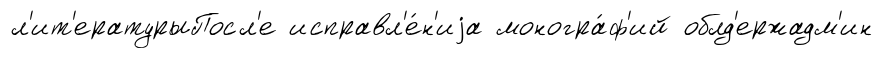
л'ит'ературыПосл'е исправл'е́н'иjа моногра́ф'ий облд'ержадм'ин